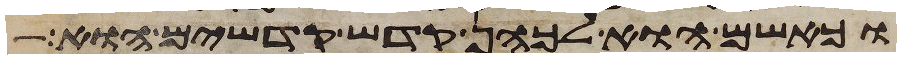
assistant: כאשם הוא לכהן קדש קדשים הוא